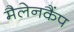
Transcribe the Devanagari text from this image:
मैलेनकैंप